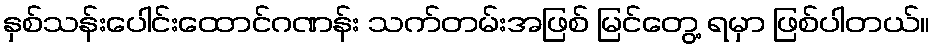
နှစ်သန်းပေါင်းထောင်ဂဏန်း သက်တမ်းအဖြစ် မြင်တွေ့ ရမှာ ဖြစ်ပါတယ်။